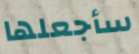
سأجعلها